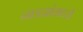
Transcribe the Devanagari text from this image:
नाडय़ांमध्ये